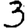
Digit: 3